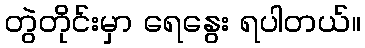
တွဲတိုင်းမှာ ရေနွေး ရပါတယ်။